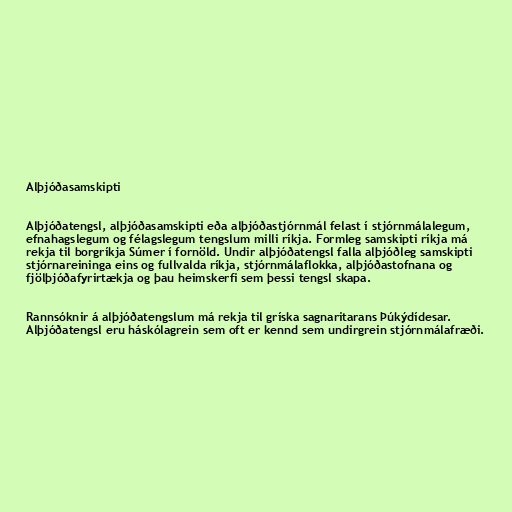
Alþjóðasamskipti

Alþjóðatengsl, alþjóðasamskipti eða alþjóðastjórnmál felast í stjórnmálalegum,
efnahagslegum og félagslegum tengslum milli ríkja. Formleg samskipti ríkja má
rekja til borgríkja Súmer í fornöld. Undir alþjóðatengsl falla alþjóðleg samskipti
stjórnareininga eins og fullvalda ríkja, stjórnmálaflokka, alþjóðastofnana og
fjölþjóðafyrirtækja og þau heimskerfi sem þessi tengsl skapa.

Rannsóknir á alþjóðatengslum má rekja til gríska sagnaritarans Þúkýdídesar.
Alþjóðatengsl eru háskólagrein sem oft er kennd sem undirgrein stjórnmálafræði.